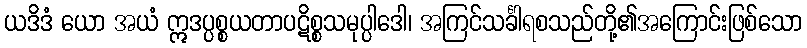
ယဒိဒံ ယော အယံ ဣဒပ္ပစ္စယတာပဋိစ္စသမုပ္ပါဒေါ၊ အကြင်သင်္ခါရစသည်တို့၏အကြောင်းဖြစ်သော